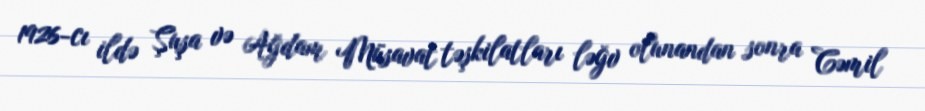
1926-cı ildə Şuşa və Ağdam Müsavat təşkilatları ləğv olunandan sonra Cəmil